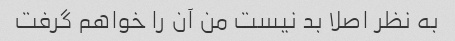
به نظر اصلا بد نیست من آن را خواهم گرفت